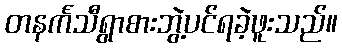
တနင်္ကသီရွာစားဘွဲ့ပင်ရခဲ့ဖူးသည်။